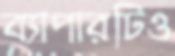
ব্যাপারটিও